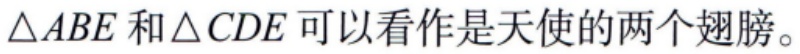
$\triangle ABE$和$\triangle CDE$可以看作是天使的两个翅膀。